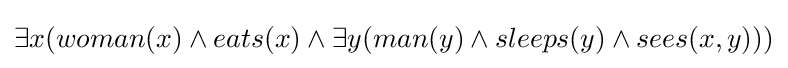
\exists x(woman(x)\wedge eats(x)\wedge \exists y(man(y)\wedge sleeps(y)\wedge sees(x,y)))